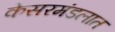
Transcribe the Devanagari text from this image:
केसरमंडलात